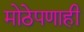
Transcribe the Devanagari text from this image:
मोठेपणाही